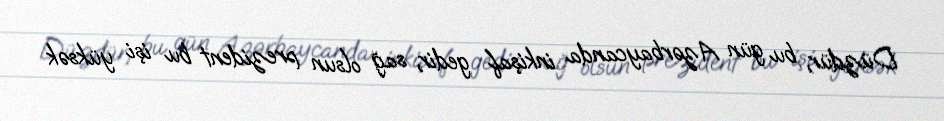
Düzdür, bu gün Azərbaycanda inkişaf gedir, sağ olsun prezident bu işi yüksək